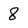
Character: 8